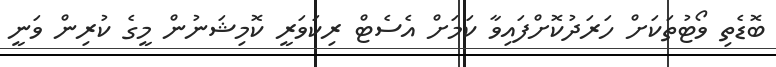
ބޮޑެތި ވޯޓުތަކަށް ހަރަދުކޮށްފައިވާ ކަމަށް އެސެޓް ރިކަވަރީ ކޮމިޝަނުން މީގެ ކުރިން ވަނީ